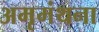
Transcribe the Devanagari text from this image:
अमृमंथना